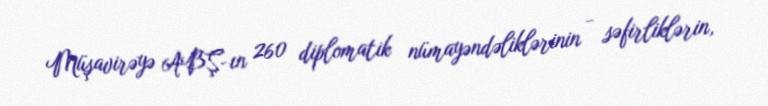
Müşavirəyə ABŞ-ın 260 diplomatik nümayəndəliklərinin - səfirliklərin,